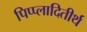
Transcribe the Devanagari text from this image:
पिप्प्लादितीर्थ